Bombay plague: being a history of the progress of plague in the Bombay presidency from September 1896 to June 1899
Year: 1896
Disease focus: Plague
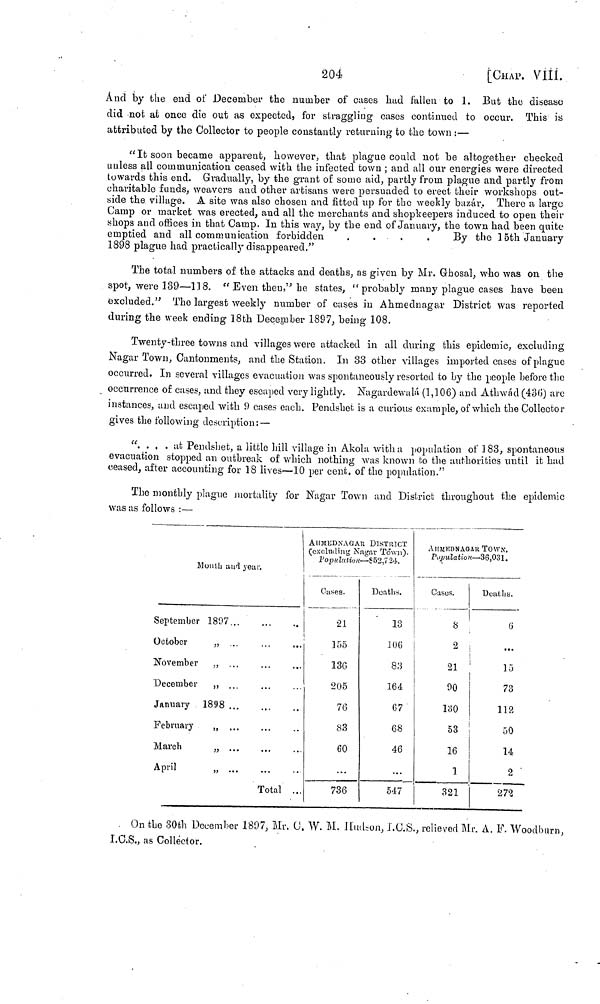
204
[CHAP. VIII.
And by the end of December the number of cuses had fallen to 1. But the disease
did not at once die out as expected, for straggling cases continued to occur. This is
attributed by the Collector to people constantly returning to the town :—
"It soon became apparent, however, that plague could not be altogether checked
unless all communication ceased with the infected town ; and all our energies were directed
towards this end. Gradually, by the grant of some aid, partly from plague and partly from
charitable funds, weavers and other artisans were persuaded to erect their workshops out-
side the village. A site was also chosen and fitted up for the weekly bazár. There a large
Camp or market was erected, and all the merchants and shopkeepers induced to open their
shops and offices in that Camp. In this way, by the end of January, the town had been quite
emptied and all communication forbidden
....
By the 15th January
1898 plague had practically disappeared."
The total numbers of the attacks and deaths, as given by Mr. Ghosal, who was on the
spot, were 189—118. " Even then," he states, "probably many plague cases have been
excluded." The largest weekly number of eases in Ahmednagar District was reported
during the week ending 18th December 1897, being 108.
Twenty-three towns and villages were attacked in all during this epidemic, excluding
Nagar Town, Cantonments, and the Station. In 33 other villages imported cases of plague
occurred. In several villages evacuation was spontaneously resorted to by the people before the
occurrence of cases, and they escaped very lightly. Nagardewalá (1,106) and Athwád (436) are
instances, and escaped with 9 cases each. Pendshet is a curious example, of which the Collector
gives the following description: —
". . . . at Pendshet, a little hill village in Akola with a population of 183, spontaneous
evacuation stopped an outbreak of which nothing was known to the authorities until it had
ceased, after accounting for 18 lives—10 per cent. of the population."
The monthly plague mortality for Nagar Town and District throughout the epidemic
was as follows :—
Month and year.
September 189
October
,,
November ,,
December
,,
January 1898
February
„
March
„
April ,,
...
...
...
...
...
...
...
...
...
...
Total
..
...
...
..
..
..
..
...
AHMEDNAGAR. DISTRICT
(excluding Nagar Town).
Popolation - 852,724.
Cases.
21
155
136
205
76
83
60
...
736
Deaths.
13
106
83
164
67
68
46
...
547
AHMKDNAGAK TOWN.
Population— 36,031.
Cases.
8
2
21
90
180
53
16
]
321
Deaths.
G
...
15
73
112
50
14
2
272
On the 30th December 1897, Mr. C. W. M. Hudson, I.C.S., relieved Mr. A. F. Woodburn,
I.C.S., as Collector.